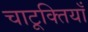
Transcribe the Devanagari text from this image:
चाटूक्तियाँ